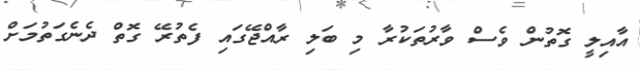
އާއިލީ ގޮތުން ވެސް ވާރުތަކުރާ މި ބަލި ރާއްޖޭގައި ފެތުރޭ ގޮތް ދެނެގަތުމަށް